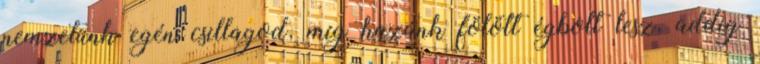
nemzetünk egén csillagod, míg hazánk fölött égbolt lesz, addig